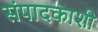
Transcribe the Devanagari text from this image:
संपादकाशी